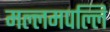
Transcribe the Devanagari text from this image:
मल्लमपल्लि